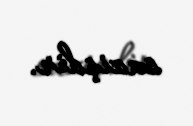
sazişdir.